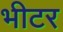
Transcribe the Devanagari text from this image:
भीटर